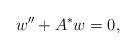
LaTeX: \begin{align*} w'' + A^* w = 0 ,\end{align*}